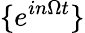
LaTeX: \{ e^{in\Omega t}\}